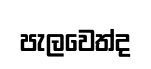
පැලවෙත්ද